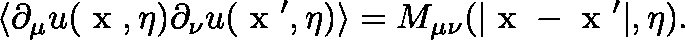
\langle \partial _ { \mu } u ( \mathrm { \boldmath ~ x ~ } , \eta ) \partial _ { \nu } u ( \mathrm { \boldmath ~ x ~ } ^ { \prime } , \eta ) \rangle = M _ { \mu \nu } ( | \mathrm { \boldmath ~ x ~ } - \mathrm { \boldmath ~ x ~ } ^ { \prime } | , \eta ) .